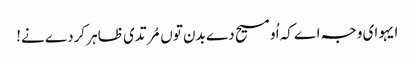
ایہو ای وجہ اے کہ اُو مسیح دے بدن توں مُرتدی ظاہر کردے نے!